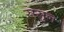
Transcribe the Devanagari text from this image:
ससुन